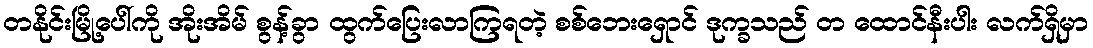
တနိုင်းမြို့ပေါ်ကို အိုးအိမ် စွန့်ခွာ ထွက်ပြေးလာကြရတဲ့ စစ်ဘေးရှောင် ဒုက္ခသည် တ ထောင်နီးပါး လက်ရှိမှာ